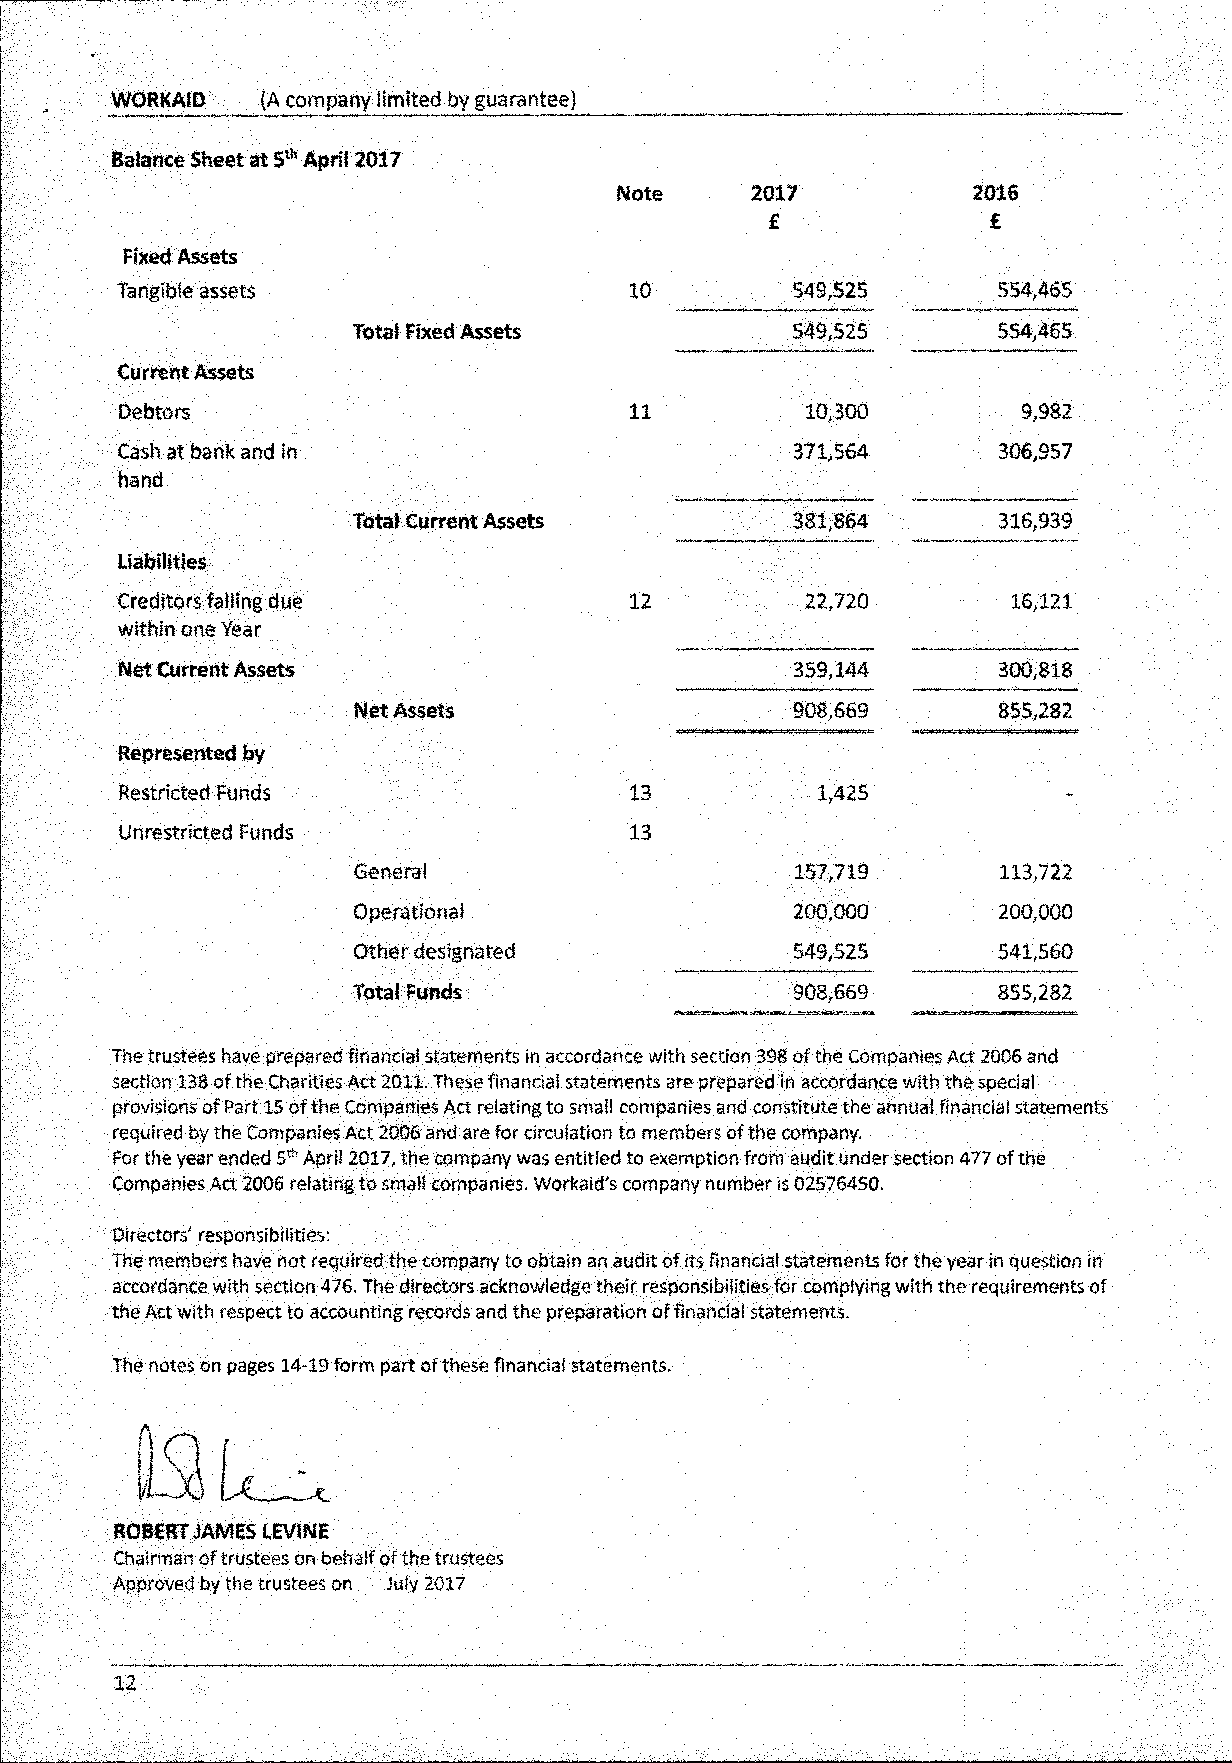
WORKAID   (A company limited by guarantee)
 Balance Sheet at 5th April 2017
 Note     2017          2016
 £  ,          £
 Fixed Assets
 Tangible assets                  10         549,525       554,465
 Total Fixed Assets           549,525       554,465
 Current Assets
 Debtors                          11          10,300         9,982
 Cash at bank and in                         371,564       306,957
 hand
 Total Current Assets         381,864       316,939
 Liabilities
 Creditors falling due            12          22,720        16,121
 within one Year
 Net Current Assets                          359,144       300,818
 Net Assets                   908,669       855,282
 Represented by
 Restricted Funds                 13           1,425           -
 Unrestricted Funds               13
 General                      157,719       113,722
 Operational                  200,000       200,000
 Other designated             549,525       541,560
 Total Funds                  908,669       855,282
 The trustees have prepared financial statements in accordance with section 398 of the Companies Act 2006 and
 section 138 of the Charities Act 2011. These financial statements are prepared in accordance with the special
 provisions of Part 15 of the Companies Act relating to small companies and constitute the annual financial statements
 required by the Companies Act 2006 and are for circulation to members of the company.
 For the year ended 5th April 2017, the company was entitled to exemption from audit under section 477 of the
 Companies Act 2006 relating to small companies. Workaid's company number is 02576450.
 Directors' responsibilities:
 The members have not required the company to obtain an audit of its financial statements for the year in question in
 accordance with section 476. The directors acknowledge their responsibilities for complying with the requirements of
 the Act with respect to accounting records and the preparation of financial statements.
 The notes on pages 14-19 form part of these financial statements.
 ROBERT JAMES LEVINE
 Chairman of trustees on behalf of the trustees
 Approved by the trustees on July 2017
 12